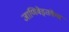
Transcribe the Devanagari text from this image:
जाणिवेइतकेच